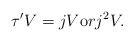
\begin{align*}\tau' V=jV {\mbox or} j^2V.\end{align*}